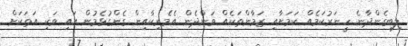
ލިބިގެންދާނެ ހީނަރުކަމެއް ކަމަށާއި ޒަމާންތަކެއް ވަންދެން އެމެރިކާއިން ގެންގުޅެމުން އައި ވަކި އަތަކަށް